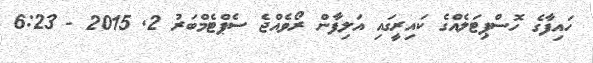
ހައިފާގެ ހޮސްޕިޓަލެއްގެ ކައިރީގައި އަލިފާން ރޯވެއްޖެ ސެޕްޓެމްބަރު 2